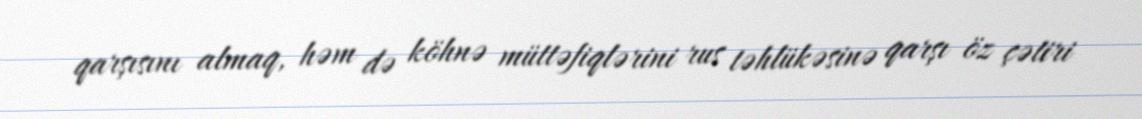
qarşısını almaq, həm də köhnə müttəfiqlərini rus təhlükəsinə qarşı öz çətiri